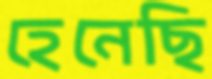
হেনেছি